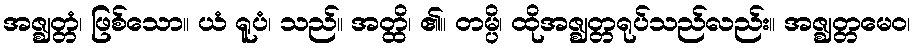
အဇ္ဈတ္တံ၊ ဖြစ်သော။ ယံ ရူပံ၊ သည်။ အတ္ထိ၊ ၏။ တမ္ပိ၊ ထိုအဇ္ဈတ္တရုပ်သည်လည်း။ အဇ္ဈတ္တမေဝ၊